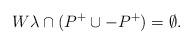
LaTeX: \begin{align*}W\lambda \cap (P^+ \cup -P^+) = \emptyset.\end{align*}